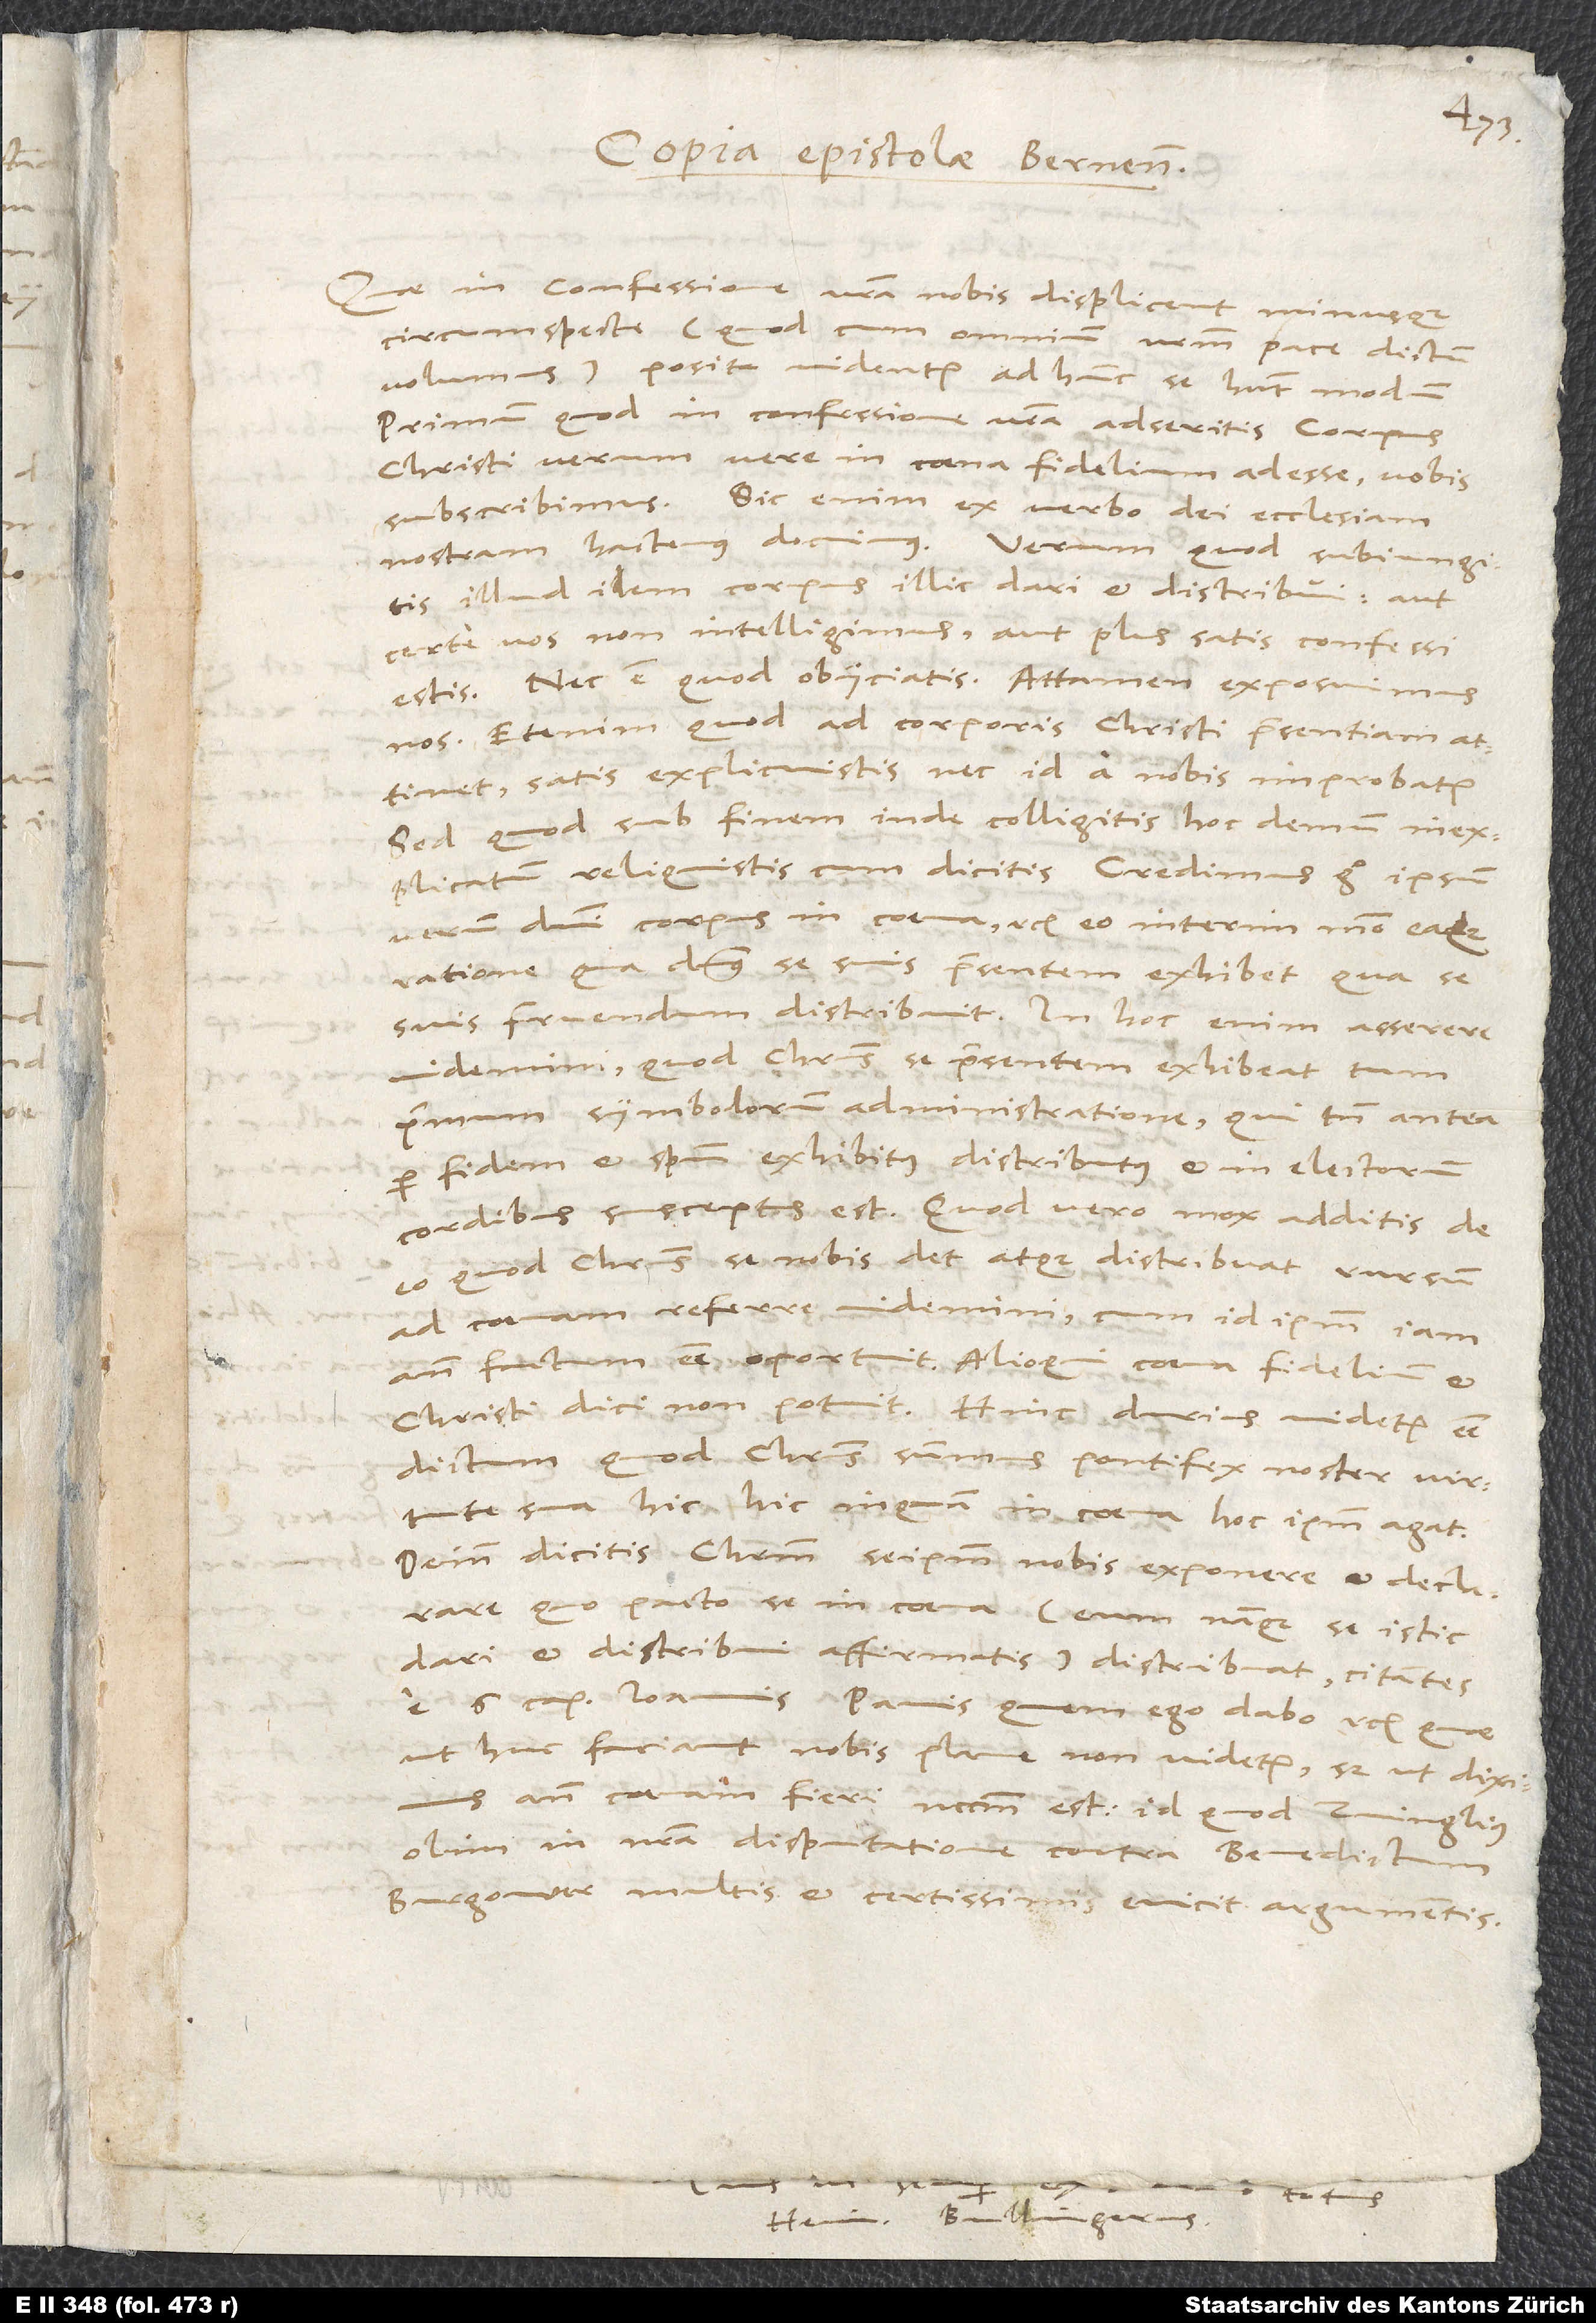
Copia epistolae Bernensis:
«Quae in confessione vestra nobis displicent novam